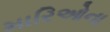
મારિઓના